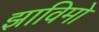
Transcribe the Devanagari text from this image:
झाविमो